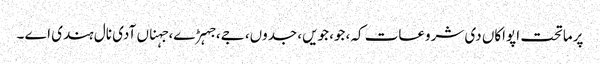
پرماتحت اپواکاں دی شروعات کہ، جو، جویں، جدوں، جے، جہڑے، جہناں آدی نال ہندی اے ۔